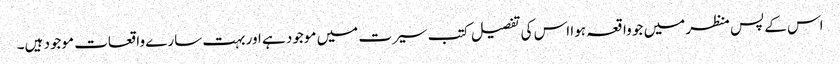
اس کے پس منظر میں جو واقعہ ہوا اس کی تفصیل کتب سیرت میں موجود ہے اور بہت سارے واقعات موجود ہیں۔